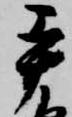
手